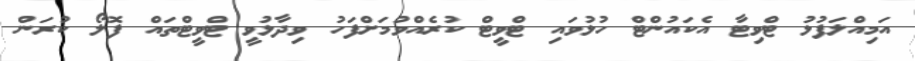
އަމިއްލަފުޅު ޓްވިޓާ އެކައުންޓް ހުޅުވައި ޓްވީޓް ކުރެއްވުމަށްފަހު ވިދާޅުވީ ޓްވީޓްތައް ފޮލޯ ކުރަން